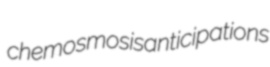
chemosmosis anticipations